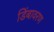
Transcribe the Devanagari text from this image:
डिंबावरण